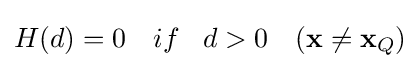
H(d)=0\,\,\,\,\,\,if\,\,\,\,\,d>0\,\,\,\,\,\,(\mathbf {x} \neq \mathbf {x} _{Q})